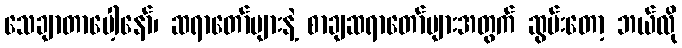
သေချာတာပေါ့နော်၊ ဆရာတော်များနဲ့ စာချဆရာတော်များအတွက် ဆွမ်းတော့ ဘယ်လို